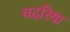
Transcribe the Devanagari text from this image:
चदरिया